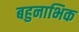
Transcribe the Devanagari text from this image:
बहुनाभिक